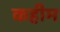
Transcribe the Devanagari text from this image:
कहीम